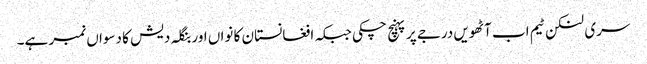
سری لنکن ٹیم اب آٹھویں درجے پر پہنچ چکی جبکہ افغانستان کا نواں اور بنگلہ دیش کا دسواں نمبر ہے۔